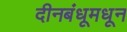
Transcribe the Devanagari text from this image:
दीनबंधूमधून